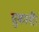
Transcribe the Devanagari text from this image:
सुकानीं।